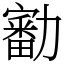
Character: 㔤